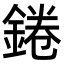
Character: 錈